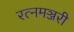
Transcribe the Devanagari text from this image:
रत्नमञ्जरी